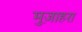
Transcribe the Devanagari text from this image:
मुज़ाहरा